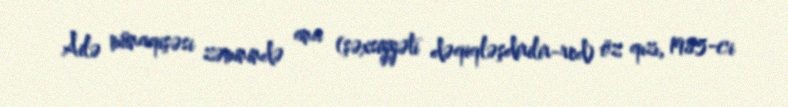
Ailə münaqişəsi zəminində ana (şəxsiyyəti dəqiqləşdirilir-red) öz qızı, 1985-ci